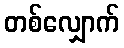
တစ်လျှောက်